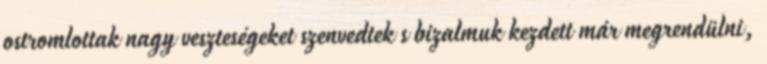
ostromlottak nagy veszteségeket szenvedtek s bizalmuk kezdett már megrendülni,